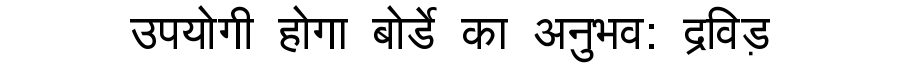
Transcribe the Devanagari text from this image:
उपयोगी होगा बोर्डे का अनुभव: द्रविड़